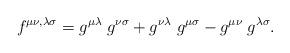
LaTeX: \begin{align*}f^{\mu\nu,\lambda\sigma}=g^{\mu\lambda}\; g^{\nu\sigma} + g^{\nu\lambda}\; g^{\mu\sigma} - g^{\mu\nu}\; g^{\lambda\sigma}.\end{align*}